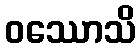
ဝဿောသိ